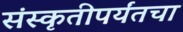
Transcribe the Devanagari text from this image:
संस्कृतीपर्यंतचा